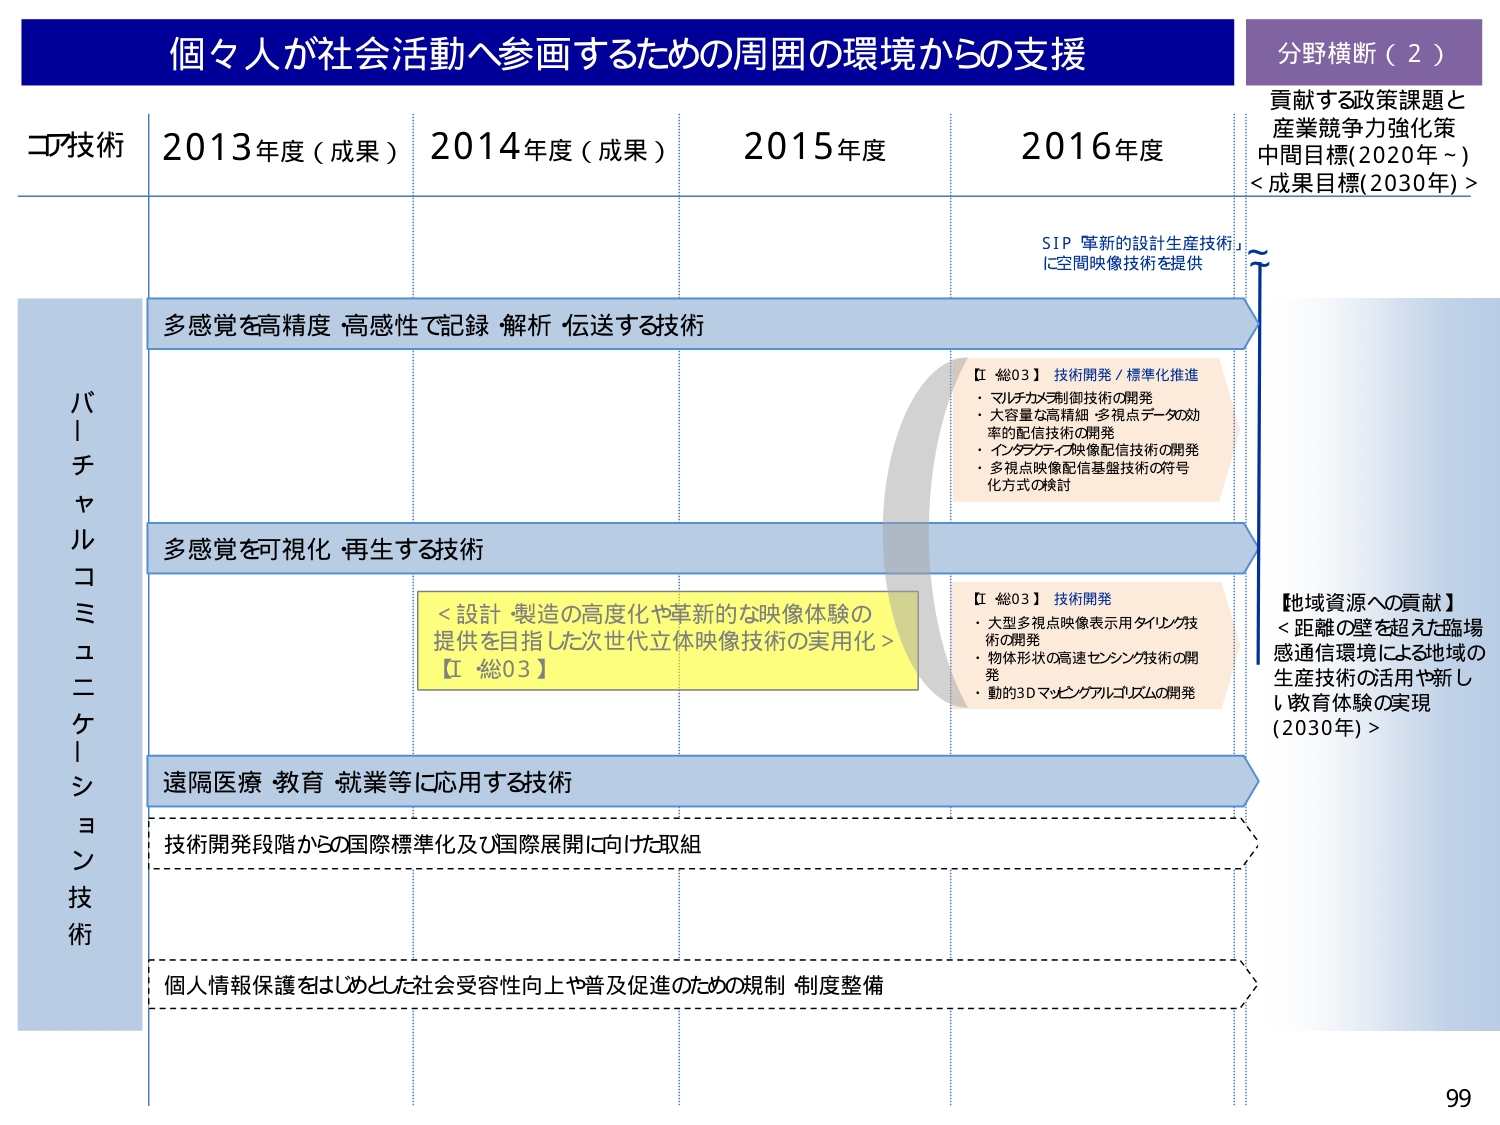
個々人が社会活動へ参画するための周囲の環境からの支援

分野横断（２）
貢献する政策課題と
産業競争力強化策
中間目標(2020年～)
<成果目標(2030年)>

コア技術
2013年度（成果）
2014年度（成果）
2015年度
2016年度

SIP 革新的設計生産技術」
に空間映像技術を提供

バーチャルコミュニケーション技術

多感覚を高精度・高感性で記録・解析・伝送する技術

【総03】技術開発／標準化推進
・マルチカメラ制御技術の開発
・大容量な高精細・多視点データの効率的配信技術の開発
・インタラクティブ映像配信技術の開発
・多視点映像配信基盤技術の符号化方式の検討

多感覚を可視化・再生する技術

<設計・製造の高度化や革新的な映像体験の
提供を目指した次世代立体映像技術の実用化>
【I 総03】

【総03】技術開発
・大型多視点映像表示用タイリング技術の開発
・物体形状の高速セシング技術の開発
・動的3Dマッピングアルゴリズムの開発

遠隔医療・教育・就業等に応用する技術

技術開発段階からの国際標準化及び国際展開に向けた取組

個人情報保護をはじめとした社会受容性向上や普及促進のための規制・制度整備

【地域資源への貢献】
<距離の壁を超えた臨場感通信環境による地域の
生産技術の活用や新しい教育体験の実現
(2030年)>

99